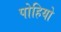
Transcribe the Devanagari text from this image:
पोहियो